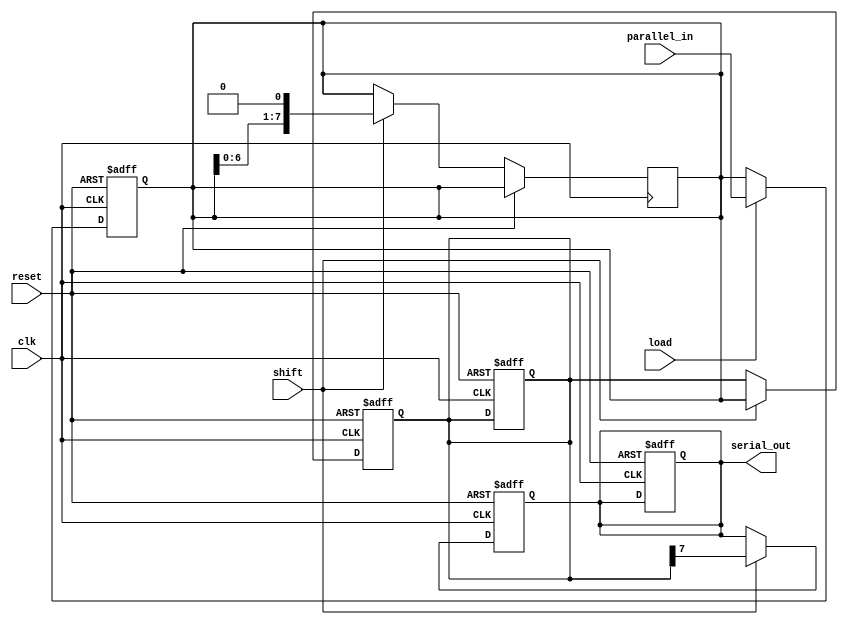
module TwoStagePISO #(
    parameter N = 8  // Width of the data
)(
    input wire [N-1:0] parallel_in, // Parallel input data
    input wire load,                 // Load signal
    input wire shift,                // Shift signal
    input wire clk,                  // Clock signal
    input wire reset,                // Asynchronous reset
    output reg serial_out            // Serial output
);

reg [N-1:0] stage1;                 // Input stage register
reg [N-1:0] stage2;                 // Intermediate stage register
reg [3:0] shift_counter;            // Shift counter to keep track of the number of shifts

// Asynchronous reset and parallel load
always @(posedge clk or posedge reset) begin
    if (reset) begin
        stage1 <= 0;
        stage2 <= 0;
        serial_out <= 0;
        shift_counter <= 0;
    end else if (load) begin
        stage1 <= parallel_in; // Load parallel data into stage 1
    end
end

// Shifting process
always @(posedge clk or posedge reset) begin
    if (reset) begin
        stage2 <= 0;
        serial_out <= 0;
        shift_counter <= 0;
    end else if (shift) begin
        // Shift stage1 to stage2
        stage2 <= stage1;
        // Shift the output
        serial_out <= stage2[N-1]; // Output the MSB of stage2
        // Update stage1 for the next shift
        stage1 <= {stage1[N-2:0], 1'b0}; // Shift left stage1
        shift_counter <= shift_counter + 1;
    end
end

endmodule